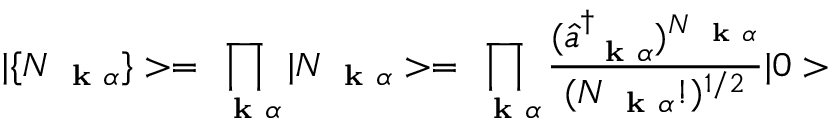
| \{ N _ { \mathrm { ~ \bf ~ k ~ } \alpha } \} > = \prod _ { \mathrm { ~ \bf ~ k ~ } \alpha } | N _ { \mathrm { ~ \bf ~ k ~ } \alpha } > = \prod _ { \mathrm { ~ \bf ~ k ~ } \alpha } \frac { ( \hat { a } _ { \mathrm { ~ \bf ~ k ~ } \alpha } ^ { \dagger } ) ^ { N _ { \mathrm { ~ \bf ~ k ~ } \alpha } } } { ( N _ { \mathrm { ~ \bf ~ k ~ } \alpha } ! ) ^ { 1 / 2 } } | 0 >